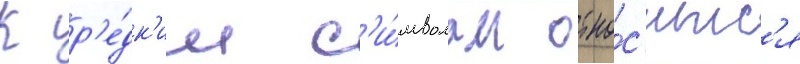
К р'е́дк'им с'и́мволам отно́с'итс'я